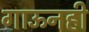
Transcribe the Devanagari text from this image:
गाऊनही